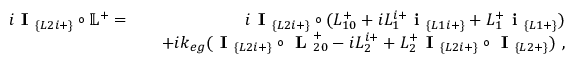
\begin{array} { r l r } { i \textbf { I } _ { \{ L 2 i + \} } \circ \mathbb { L } ^ { + } = } & { } & { i \textbf { I } _ { \{ L 2 i + \} } \circ ( L _ { 1 0 } ^ { + } + i L _ { 1 } ^ { i + } \textbf { i } _ { \{ L 1 i + \} } + L _ { 1 } ^ { + } \textbf { i } _ { \{ L 1 + \} } ) } \\ & { } & { + i k _ { e g } ( \textbf { I } _ { \{ L 2 i + \} } \circ \textbf { L } _ { 2 0 } ^ { + } - i L _ { 2 } ^ { i + } + L _ { 2 } ^ { + } \textbf { I } _ { \{ L 2 i + \} } \circ \textbf { I } _ { \{ L 2 + \} } ) ~ , } \end{array}